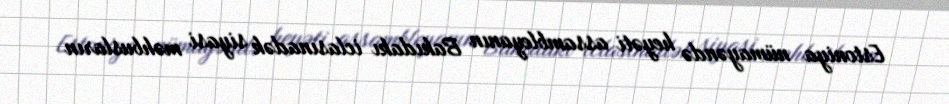
Estoniya nümayəndə heyəti assambleyanın Bakıdakı iclasınadək siyasi məhbusların